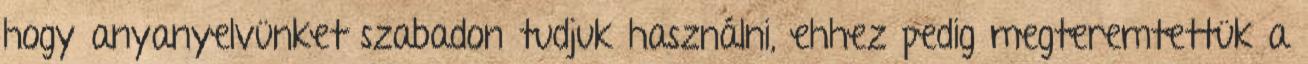
hogy anyanyelvünket szabadon tudjuk használni, ehhez pedig megteremtettük a